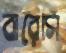
বারেসি